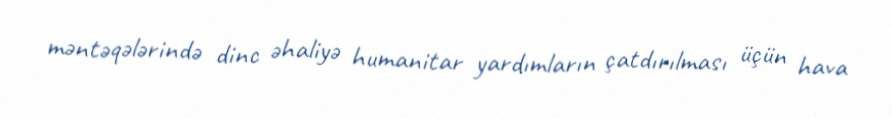
məntəqələrində dinc əhaliyə humanitar yardımların çatdırılması üçün hava